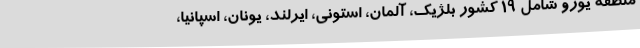
منطقه یورو شامل 19 کشور بلژیک، آلمان، استونی، ایرلند، یونان، اسپانیا،